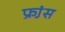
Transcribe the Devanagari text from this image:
फ्रा़ंस